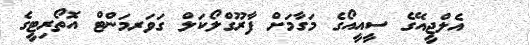
އެލްޖީއޭގެ ސީއީއޯގެ މަގާމަށް ފާރޫގްލޯކަލް ގަވަރމަންޓް އޮތޯރިޓީގެ